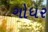
ગોધર